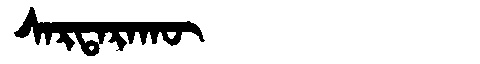
Manchu: ᠰᠠᡵᡨᠠᡵᠠᡴᡡ
Romanization: SARTARAKŪ